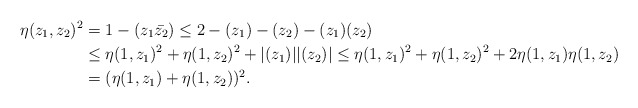
\begin{align*}\eta(z_1,z_2)^2 &= 1-(z_1\bar{z_2}) \leq 2 - (z_1)-(z_2)-(z_1)(z_2) \\&\leq \eta(1,z_1)^2 + \eta(1,z_2)^2 + |(z_1)||(z_2)| \leq \eta(1,z_1)^2 + \eta(1,z_2)^2 + 2\eta(1,z_1)\eta(1,z_2) \\&= (\eta(1,z_1)+\eta(1,z_2))^2.\end{align*}